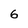
Character: 6